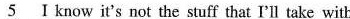
\underline{5} I know it's not the stuff that I'll take with